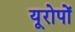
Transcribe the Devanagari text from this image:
यूरोपों